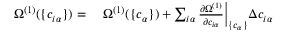
\begin{array} { r l } { \Omega ^ { ( 1 ) } ( \{ c _ { i \alpha } \} ) = } & { { } \; \Omega ^ { ( 1 ) } ( \{ c _ { \alpha } \} ) + \sum _ { i \alpha } \frac { \partial \Omega ^ { ( 1 ) } } { \partial c _ { i \alpha } } \Big \vert _ { \{ c _ { \alpha } \} } \Delta c _ { i \alpha } } \end{array}